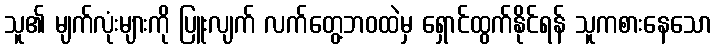
သူ၏ မျက်လုံးများကို ပြူးလျက် လက်တွေ့ဘဝထဲမှ ရှောင်ထွက်နိုင်ရန် သူကစားနေသော